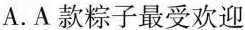
A.A款粽子最受欢迎